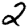
Digit: 2